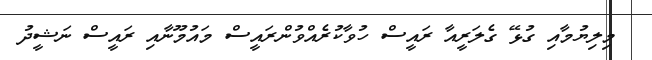
މިލިޔުމާއި ގުޅޭ ގެލަރީއާ ރައީސް ހުވާކުރެއްވުންރައީސް މައުމޫނާއި ރައީސް ނަޝީދު